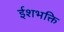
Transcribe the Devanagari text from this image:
ईशभक्ति